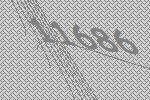
11686